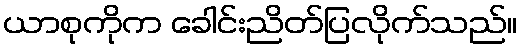
ယာစုကိုက ခေါင်းညိတ်ပြလိုက်သည်။